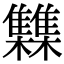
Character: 𮦂